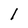
Character: 1